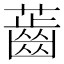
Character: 𧀤